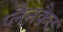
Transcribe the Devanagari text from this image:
प्लैनकैट